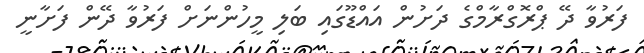
ފަރުވާ ދޭ ޕްރޮގްރާމްގެ ދަށުން އައްޑޫގައި ބަލި މީހުންނަށް ފަރުވާ ދޭން ފަށާނީ